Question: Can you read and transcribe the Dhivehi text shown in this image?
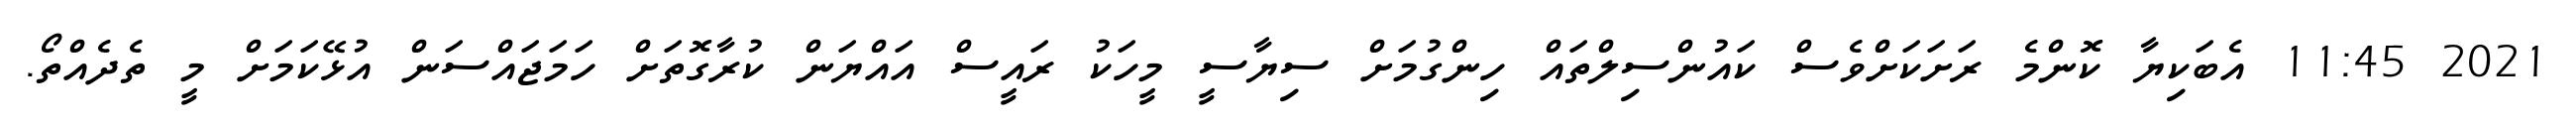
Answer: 2021 11:45 އެބަކިޔާ ކޮންމެ ރަށަކަށްވެސް ކައުންސިލްތައް ހިންގުމަށް ސިޔާސީ މީހަކު ރައީސް އައްޔަން ކުރާގޮތަށް ހަމަޖައްސަން އުޅޭކަމަށް މީ ތެދެއްތޯ.